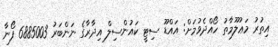
އިތުރު މަޢުލޫމާތު ހޯއްދެވުމަށް: އައްޑޫ ސިޓީ ކައުންސިލް އިދާރާގެ ނަންބަރު 6885003 ފޯނާ